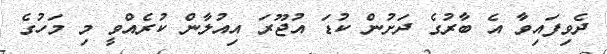
ދެވިފައިވާ އެ ބާރުގެ ދަށުން ކުޑަ އުޖޫރަ އިއުލާން ކުރެއްވީ މި މަހުގެ